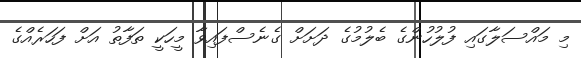
މި މައްސަލާގައި ފުލުހުންގެ ބެލުމުގެ ދަށަށް ގެނެސްފައިވާ މީހަކީ ތަފާތު އަށް ފަހަރެއްގެ